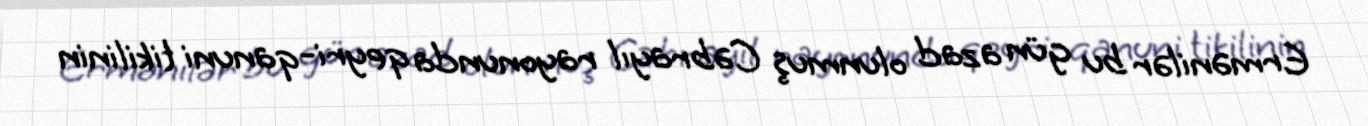
Ermənilər bu gün azad olunmuş Cəbrayıl rayonunda qeyri-qanuni tikilinin